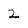
Character: 2